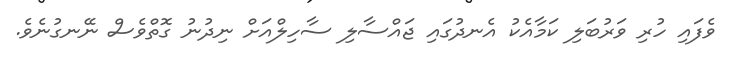
ވެފައި ހުރި ވަރުބަލި ކަމާއެކު އެނދުގައި ޖައްސާލި ސާހިލްއަށް ނިދުނު ގޮތްވެސް ނޭނގުނެވެ.